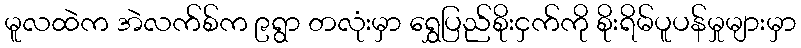
မူလထဲက အဲလက်စ်က ၉ရွာ တလုံးမှာ ရွှေပြည်စိုးငှက်ကို စိုးရိမ်ပူပန်မှုများမှာ